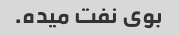
بوی نفت میده.